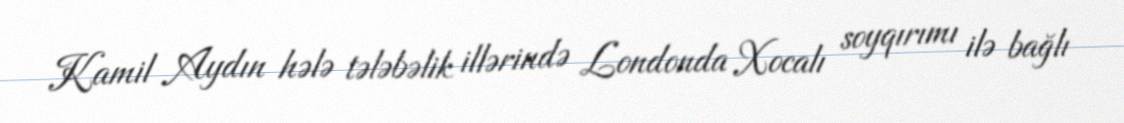
Kamil Aydın hələ tələbəlik illərində Londonda Xocalı soyqırımı ilə bağlı